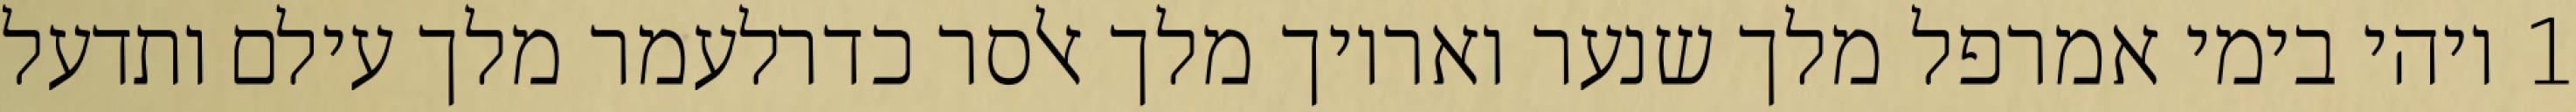
1 ויהי בימי אמרפל מלך שנער ואריוך מלך אלסר כדרלעמר מלך עילם ותדעל